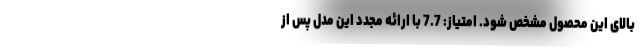
بالای این محصول مشخص شود. امتیاز: 7.7 با ارائه مجدد این مدل پس از